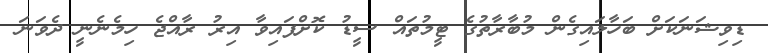
ޑިވިޝަނަކަށް ބަހާލައިގެން މުބާރާތުގެ ޓީމުތައް ސީޑު ކޮށްފައިވާ އިރު ރާއްޖެ ހިމެނެނީ ދެވަނަ